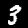
Label: 3